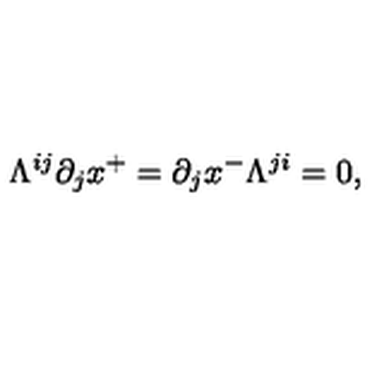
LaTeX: \Lambda ^ { i j } \partial _ { j } x ^ { + } = \partial _ { j } x ^ { - } \Lambda ^ { j i } = 0 ,